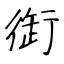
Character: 衘